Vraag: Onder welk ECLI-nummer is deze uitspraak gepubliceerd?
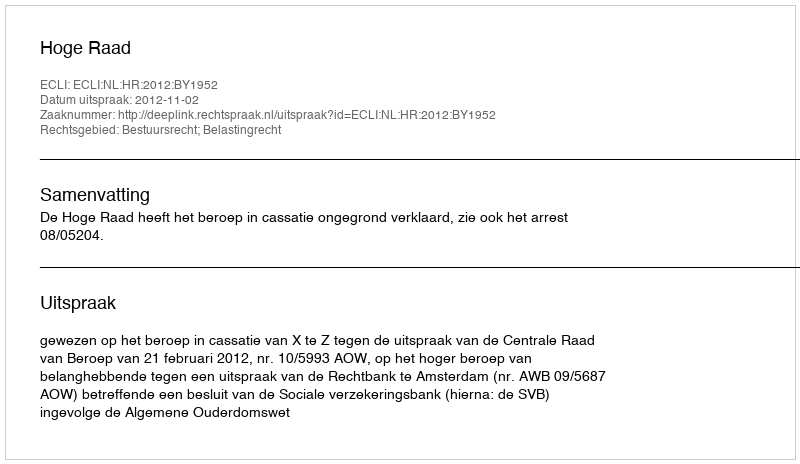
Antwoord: ECLI:NL:HR:2012:BY1952